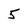
Character: 5